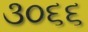
૩૦૬૬